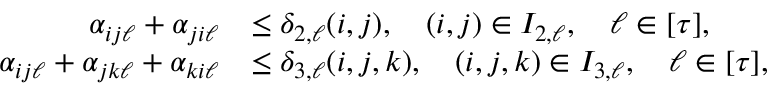
\begin{array} { r l } { \alpha _ { i j \ell } + \alpha _ { j i \ell } } & { \leq \delta _ { 2 , \ell } ( i , j ) , \quad ( i , j ) \in I _ { 2 , \ell } , \quad \ell \in [ \tau ] , } \\ { \alpha _ { i j \ell } + \alpha _ { j k \ell } + \alpha _ { k i \ell } } & { \leq \delta _ { 3 , \ell } ( i , j , k ) , \quad ( i , j , k ) \in I _ { 3 , \ell } , \quad \ell \in [ \tau ] , } \end{array}